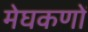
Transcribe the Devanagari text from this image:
मेघकणों